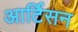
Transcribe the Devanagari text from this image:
आर्टिसन